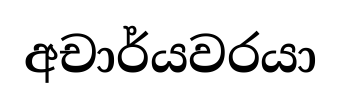
අචාර්යවරයා